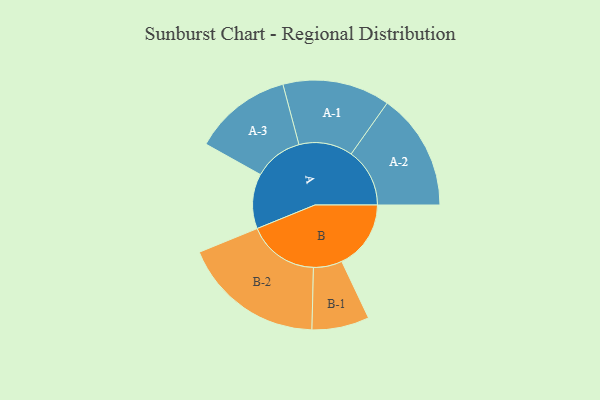
{"axis": {"x": "Segment", "y": "Value"}, "legend": ["", "A", "B"], "data": [{"x": "A", "y": 228, "type": ""}, {"x": "B", "y": 287, "type": ""}, {"x": "A-1", "y": 223, "type": "A"}, {"x": "A-2", "y": 243, "type": "A"}, {"x": "A-3", "y": 204, "type": "A"}, {"x": "B-1", "y": 119, "type": "B"}, {"x": "B-2", "y": 295, "type": "B"}]}